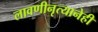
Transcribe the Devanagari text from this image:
लावणीनृत्यानेही